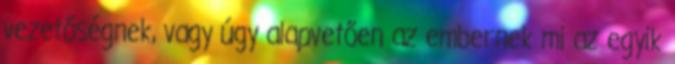
vezetőségnek, vagy úgy alapvetően az embernek mi az egyik